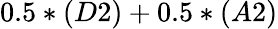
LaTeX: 0.5*(D2)+0.5*(A2)